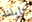
تايلند